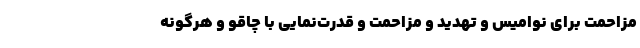
مزاحمت برای نوامیس و تهدید و مزاحمت و قدرت‌نمایی با چاقو و هرگونه